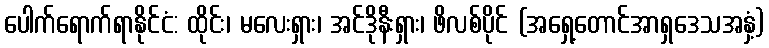
ပေါက်ရောက်ရာနိုင်ငံ: ထိုင်း၊ မလေးရှား၊ အင်ဒိုနီးရှား၊ ဖိလစ်ပိုင် (အရှေ့တောင်အာရှဒေသအနှံ့)